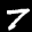
Label: 7